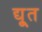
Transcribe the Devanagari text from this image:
द्यू्त